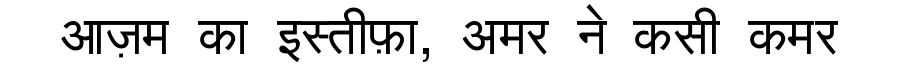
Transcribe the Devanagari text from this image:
आज़म का इस्तीफ़ा, अमर ने कसी कमर